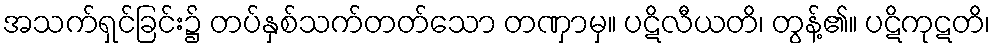
အသက်ရှင်ခြင်း၌ တပ်နှစ်သက်တတ်သော တဏှာမှ။ ပဋိလီယတိ၊ တွန့်၏။ ပဋိကုဋတိ၊